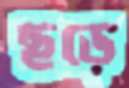
ছড়ে